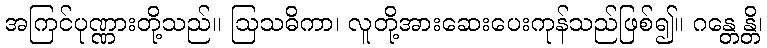
အကြင်ပုဏ္ဏားတို့သည်။ ဩသဓိကာ၊ လူတို့အားဆေးပေးကုန်သည်ဖြစ်၍။ ဂန္တေန္တိ၊